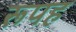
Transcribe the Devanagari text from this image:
रूपह